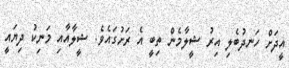
އީދަށް ހަނދުބެލި އިރު ޝީލާމެން ތިބީ އެ ރަށުގައެވެ. ޝީލާއާއި މަނިކު ދިޔައީ